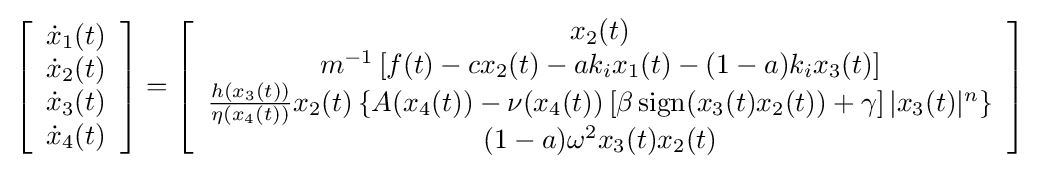
\left[{\begin{array}{c}{\dot {x}}_{1}(t)\\{\dot {x}}_{2}(t)\\{\dot {x}}_{3}(t)\\{\dot {x}}_{4}(t)\end{array}}\right]=\left[{\begin{array}{c}x_{2}(t)\\m^{-1}\left[f(t)-cx_{2}(t)-ak_{i}x_{1}(t)-(1-a)k_{i}x_{3}(t)\right]\\{\frac {h(x_{3}(t))}{\eta (x_{4}(t))}}x_{2}(t)\left\{A(x_{4}(t))-\nu (x_{4}(t))\left[\beta \operatorname {sign} (x_{3}(t)x_{2}(t))+\gamma \right]|x_{3}(t)|^{n}\right\}\\(1-a)\omega ^{2}x_{3}(t)x_{2}(t)\end{array}}\right]